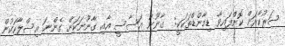
ސަރުކާރަށް ކޮށްފައިވާ ޑިމާންޑްތަކަކީ:  ގާނޫނު އަސާސީ އާއި ގާނޫނަކަށް ގެންނަ އިސްލާހަކުން